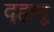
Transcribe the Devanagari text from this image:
दहानू